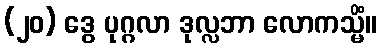
(၂၀) ဒွေ ပုဂ္ဂလာ ဒုလ္လဘာ လောကသ္မိံ။